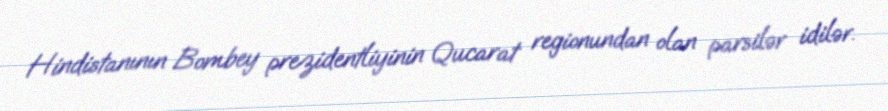
Hindistanının Bombey prezidentliyinin Qucarat regionundan olan parsilər idilər.